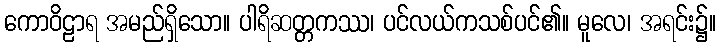
ကောဝိဠာရ အမည်ရှိသော။ ပါရိဆတ္တကဿ၊ ပင်လယ်ကသစ်ပင်၏။ မူလေ၊ အရင်း၌။